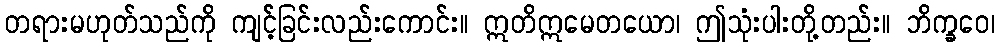
တရားမဟုတ်သည်ကို ကျင့််ခြင်းလည်းကောင်း။ ဣတိဣမေတယော၊ ဤသုံးပါးတို့တည်း။ ဘိက္ခဝေ၊